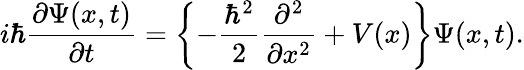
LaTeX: i\hbar\frac{\partial\Psi(x,t)}{\partial t}=\left\{ -\frac{\hbar^{2}}{2}\frac{\partial^{2}}{\partial x^{2}}+V(x)\right\} \Psi(x,t).